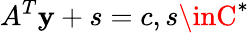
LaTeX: A^{T}\mathbf{y}+s=c,s\inC^{*}